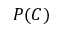
P ( C )